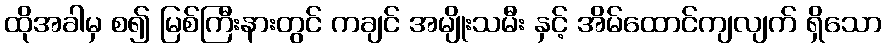
ထိုအခါမှ စ၍ မြစ်ကြီးနားတွင် ကချင် အမျိုးသမီး နှင့် အိမ်ထောင်ကျလျက် ရှိသော